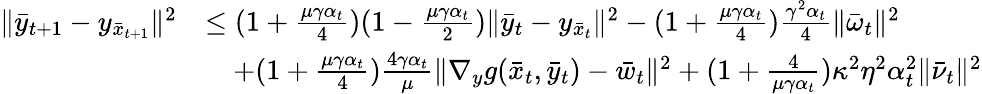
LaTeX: \begin{array}{rl}{\| \bar{y}_{t+1}-y_{\bar{x}_{t+1}}\| ^{2}}&{\leq(1+\frac{\mu\gamma\alpha_{t}}{4})(1-\frac{\mu\gamma\alpha_{t}}{2})\| \bar{y}_{t}-y_{\bar{x}_{t}}\| ^{2}-(1+\frac{\mu\gamma\alpha_{t}}{4})\frac{\gamma^{2}\alpha_{t}}{4}\| \bar{\omega}_{t}\| ^{2}}\\ &{\quad+(1+\frac{\mu\gamma\alpha_{t}}{4})\frac{4\gamma\alpha_{t}}{\mu}\| \nabla_{y}g(\bar{x}_{t},\bar{y}_{t})-\bar{w}_{t}\| ^{2}+(1+\frac{4}{\mu\gamma\alpha_{t}})\kappa^{2}\eta^{2}\alpha_{t}^{2}\| \bar{\nu}_{t}\| ^{2}}\end{array}